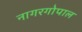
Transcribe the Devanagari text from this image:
नागरगोपाल